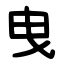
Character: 曳